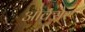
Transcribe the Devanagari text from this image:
ओक्सैर